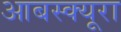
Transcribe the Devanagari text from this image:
आबस्क्यूरा